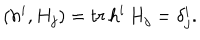
LaTeX: ( h ^ { i } , H _ { j } ) = t r \, h ^ { i } \, H _ { j } = \delta _ { j } ^ { i } .